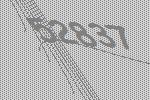
52837